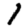
Digit: 1